画像に写った文字を読んでください
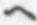
「ヘ」と書いてあります